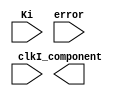
`timescale 1ns / 1ps
//////////////////////////////////////////////////////////////////////////////////
// Company: 
// Engineer: 
// 
// Design Name: 
// Module Name: Integral_module
// Project Name: 
// Target Devices: 
// Tool Versions: 
// Description: 
// 
// Dependencies: 
// 
// Revision:
// Revision 0.01 - File Created
// Additional Comments:
// 
//////////////////////////////////////////////////////////////////////////////////


module Integral_module(
    input [15:0] Ki,
    input [15:0] error,
//    input [23:0] I_buffer_in,
    input clk,
    
    output [23:0] I_component
//    output [23:0] I_buffer_out
    );
endmodule